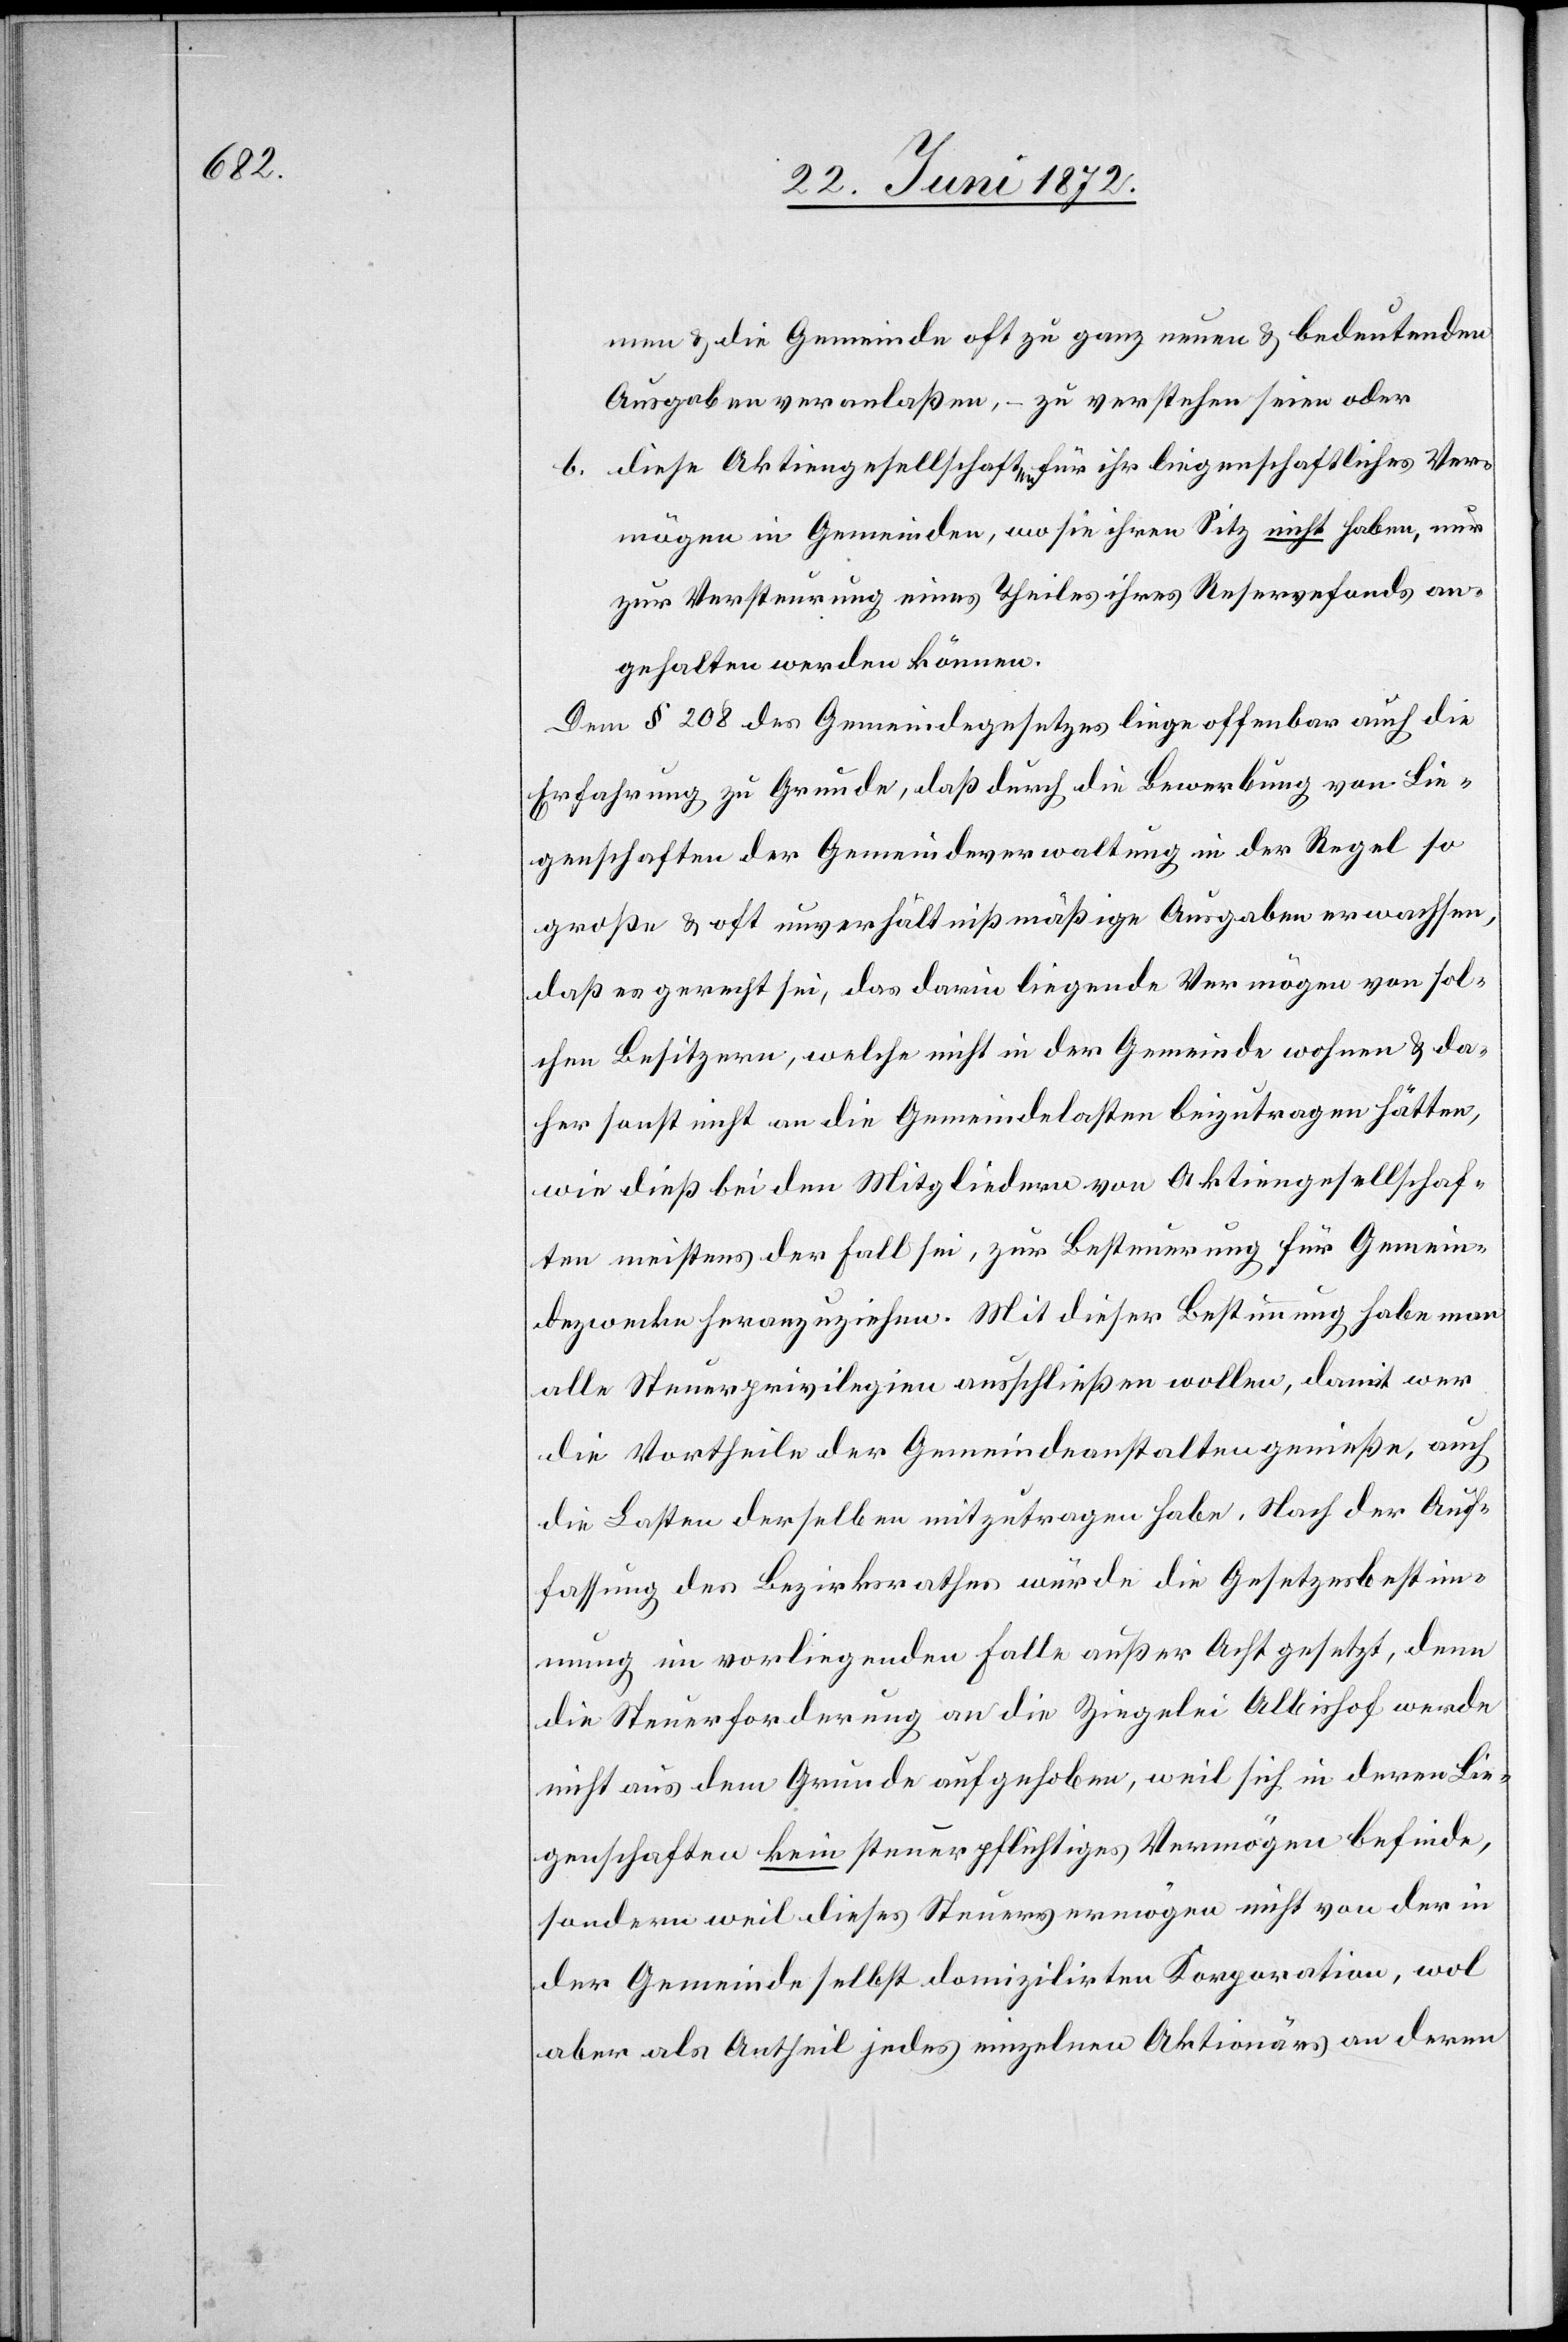
men u. die Gemeinde oft zu ganz neuen u. bedeutenden
Ausgaben veranlaßen, – zu verstehen seien oder
b. diese Aktiengesellschaften für ihr liegenschaftliches Ver¬
mögen in Gemeinden, wo sie ihren Sitz nicht haben, nur
zur Versteurung eines Theiles ihres Reservefonds an¬
gehalten werden können.
Dem § 208 des Gemeindegesetzes liege offenbar auch die
Erfahrung zu Grunde, daß durch die Bewerbung von Lie¬
genschaften der Gemeindeverwaltung in der Regel so
große u. oft unverhältnißmäßige Ausgaben erwachsen,
daß es gerecht sei, das darin liegende Vermögen von sol¬
chen Besitzern, welche nicht in der Gemeinde wohnen u. da¬
her sonst nicht an die Gemeindelasten beizutragen hätten,
wie dieß bei den Mitgliedern von Aktiengesellschaf¬
ten meistens der Fall sei, zur Besteuerung für Gemein¬
dezwecke heranzuziehen. Mit dieser Bestimmung habe man
alle Steuerprivilegien ausschließen wollen, damit wer
die Vortheilte der Gemeindeanstalten genieße, auch
die Lasten derselben mitzutragen habe. Nach der Auf¬
fassung des Bezirksrathes würde die Gesetzesbestim¬
mung im vorliegenden Falle außer Acht gesetzt, denn
die Steuerforderung an die Ziegelei Albishof werde
nicht aus dem Grunde aufgehoben, weil sich in deren Lie¬
genschaften kein steuerpflichtiges Vermögen befinde,
sondern weil dieses Steuervermögen nicht von der in
der Gemeinde selbst domizilirten Korporationen, wol
aber als Antheil jedes einzelnen Aktionärs an deren